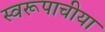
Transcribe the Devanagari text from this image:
स्वरूपाचीया